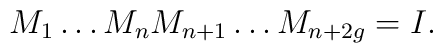
M_{1}\dots M_{n}M_{n+1}\dots M_{n+2g}=I.